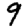
Digit: 9